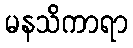
မနသိကာရာ